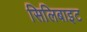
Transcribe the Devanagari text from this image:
सिलिबाइट